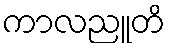
ကာလညူတိ